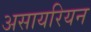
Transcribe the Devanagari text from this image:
असायरियन